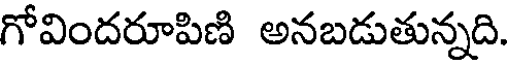
గోవిందరూపిణి అనబడుతున్నది.